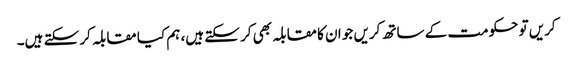
کریں تو حکومت کے ساتھ کریں جو ان کا مقابلہ بھی کر سکتے ہیں، ہم کیا مقابلہ کر سکتے ہیں۔